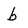
Character: b